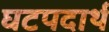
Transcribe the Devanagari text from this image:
घटपदार्थ